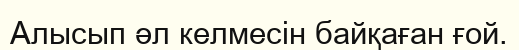
Алысып әл келмесін байқаған ғой.